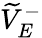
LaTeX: \widetilde{V}_{E}^{-}